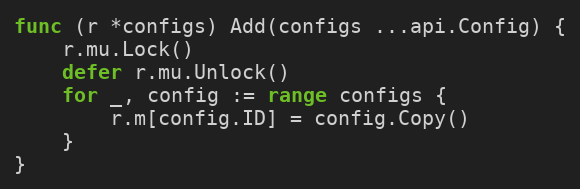
Language: Go
func (r *configs) Add(configs ...api.Config) {
	r.mu.Lock()
	defer r.mu.Unlock()
	for _, config := range configs {
		r.m[config.ID] = config.Copy()
	}
}